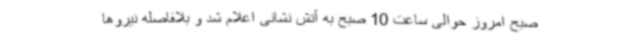
صبح امروز حوالی ساعت 10 صبح به آتش نشانی اعلام شد و بلافاصله نیروها